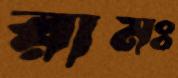
রামঃ